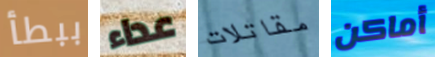
ببطأ عداء مقاتلات أماكن